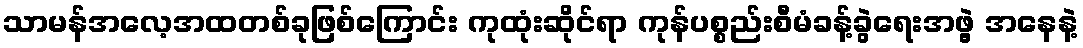
သာမန်အလေ့အထတစ်ခုဖြစ်ကြောင်း ကုထုံးဆိုင်ရာ ကုန်ပစ္စည်းစီမံခန့်ခွဲရေးအဖွဲ့ အနေနဲ့